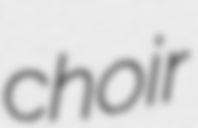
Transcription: choir